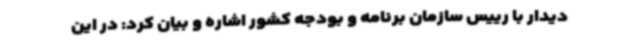
دیدار با رییس سازمان برنامه و بودجه کشور اشاره و بیان کرد: در این